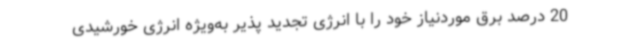
20 درصد برق موردنیاز خود را با انرژی تجدید پذیر به‌ویژه انرژی خورشیدی